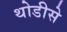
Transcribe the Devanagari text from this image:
थोडीसे